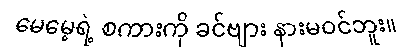
မေမေ့ရဲ့ စကားကို ခင်ဗျား နားမဝင်ဘူး။